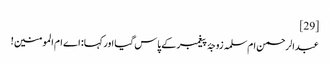
[29]
عبدالرحمن ام‌سلمہ زوجۂ پیغمبر کے پاس گیا اور کہا:‌ اے ام المومنین!